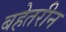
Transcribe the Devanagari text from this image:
बहेतरीन